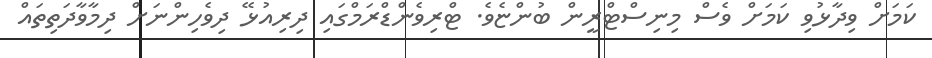
ކަމަށް ވިދާޅުވި ކަމަށް ވެސް މިނިސްޓްރީން ބުންޏެވެ. ޓްރިވެންޑްރަމްގައި ދިރިއުޅޭ ދިވެހިންނަށް ދިމާވާދަތިތައް